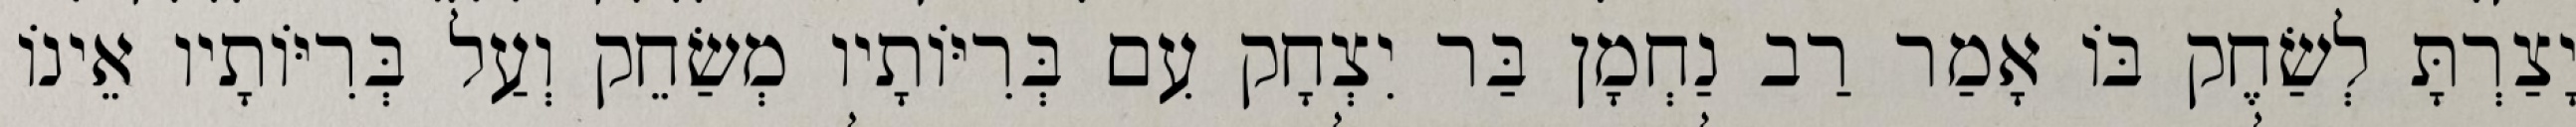
יָצַרְתָּ לְשַׂחֶק בּוֹ אָמַר רַב נַחְמָן בַּר יִצְחָק עִם בְּרִיּוֹתָיו מְשַׂחֵק וְעַל בְּרִיּוֹתָיו אֵינוֹ